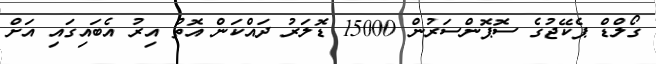
ގޯލްޑް ޕެކޭޖުގެ ސޮޕޮންސަރުން 15000 ޑޮލަރު ދައްކަން އޮތް އިރު އެބައިގައި އަށް